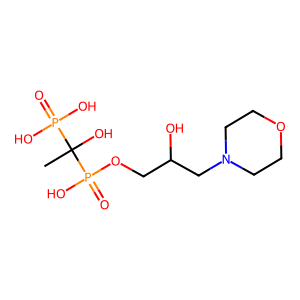
SMILES: CC(O)(P(=O)(O)O)P(=O)(O)OCC(O)CN1CCOCC1
Inhibits HIV replication: No